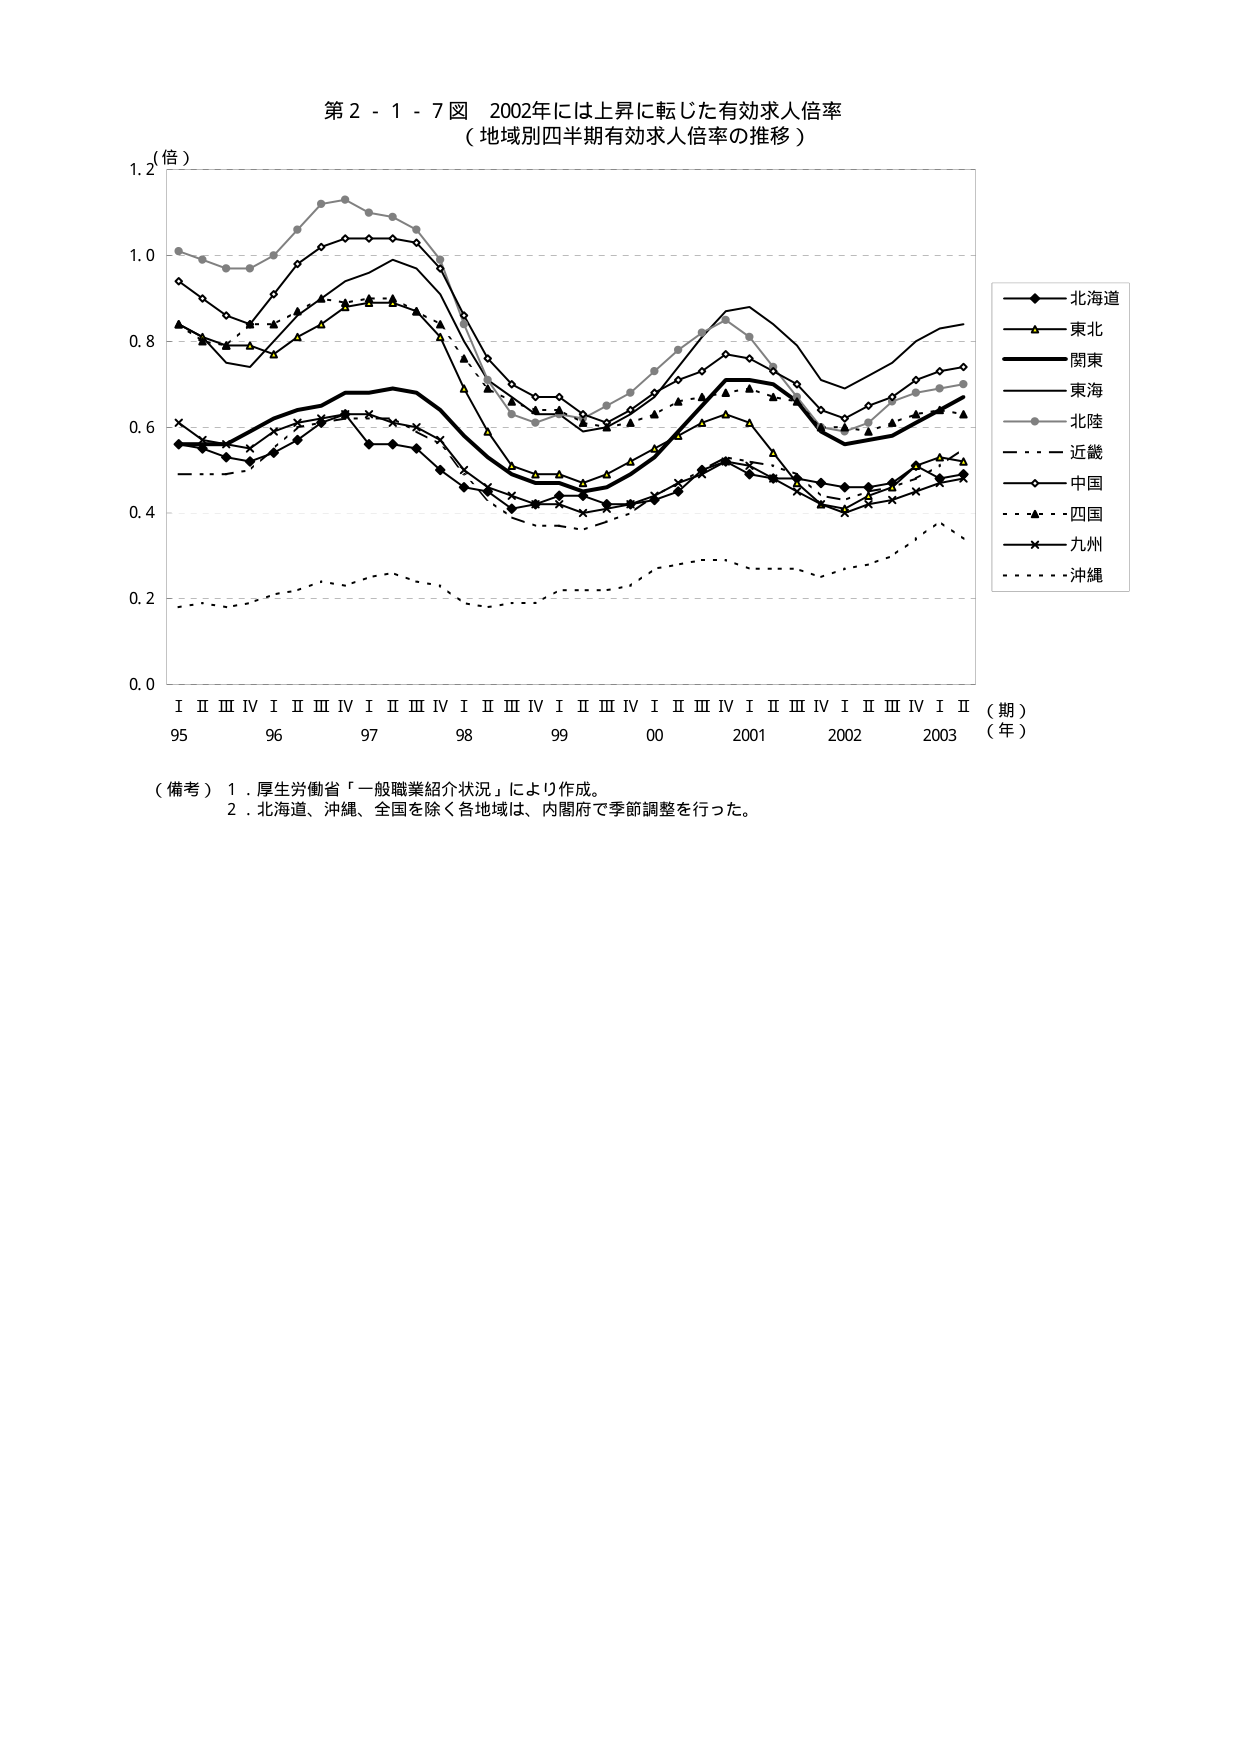
第２－１－７図　2002年には上昇に転じた有効求人倍率
（地域別四半期有効求人倍率の推移）

（倍）

1.2
1.0
0.8
0.6
0.4
0.2
0.0

I　II　III　IV　I　II　III　IV　I　II　III　IV　I　II　III　IV　I　II　III　IV　I　II　III　IV　I　II
95　　　96　　　97　　　98　　　99　　　00　　　2001　　　2002　　　2003
（期）
（年）

――◆――北海道
――△――東北
――――――関東
――――――東海
――○――北陸
――――――近畿
――○――中国
――▲――四国
――×――九州
――――――沖縄

（備考）　１．厚生労働省「一般職業紹介状況」により作成。
　　　　２．北海道、沖縄、全国を除く各地域は、内閣府で季節調整を行った。